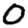
Digit: 0